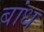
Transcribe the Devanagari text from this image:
बांध्‍ा